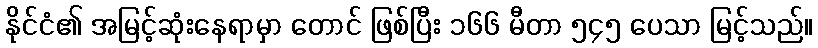
နိုင်ငံ၏ အမြင့်ဆုံးနေရာမှာ တောင် ဖြစ်ပြီး ၁၆၆ မီတာ ၅၄၅ ပေသာ မြင့်သည်။